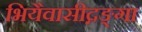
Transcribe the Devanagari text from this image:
भियैवासीद्गङ्गा